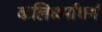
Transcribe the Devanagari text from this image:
कलिधर्माधर्म